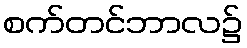
စက်တင်ဘာလ၌